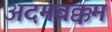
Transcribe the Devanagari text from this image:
अदमबक्कम